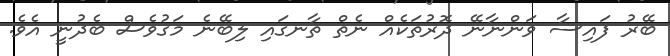
ބޭރު ފައިސާ ވަންނާނޭ ދޮރުތަކެއް ނެތް ތާނގައި ލިބޭނެ މަގުވެސް ބެދުނީ އެވެ.